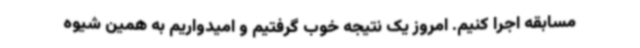
مسابقه اجرا کنیم. امروز یک نتیجه خوب گرفتیم و امیدواریم به همین شیوه